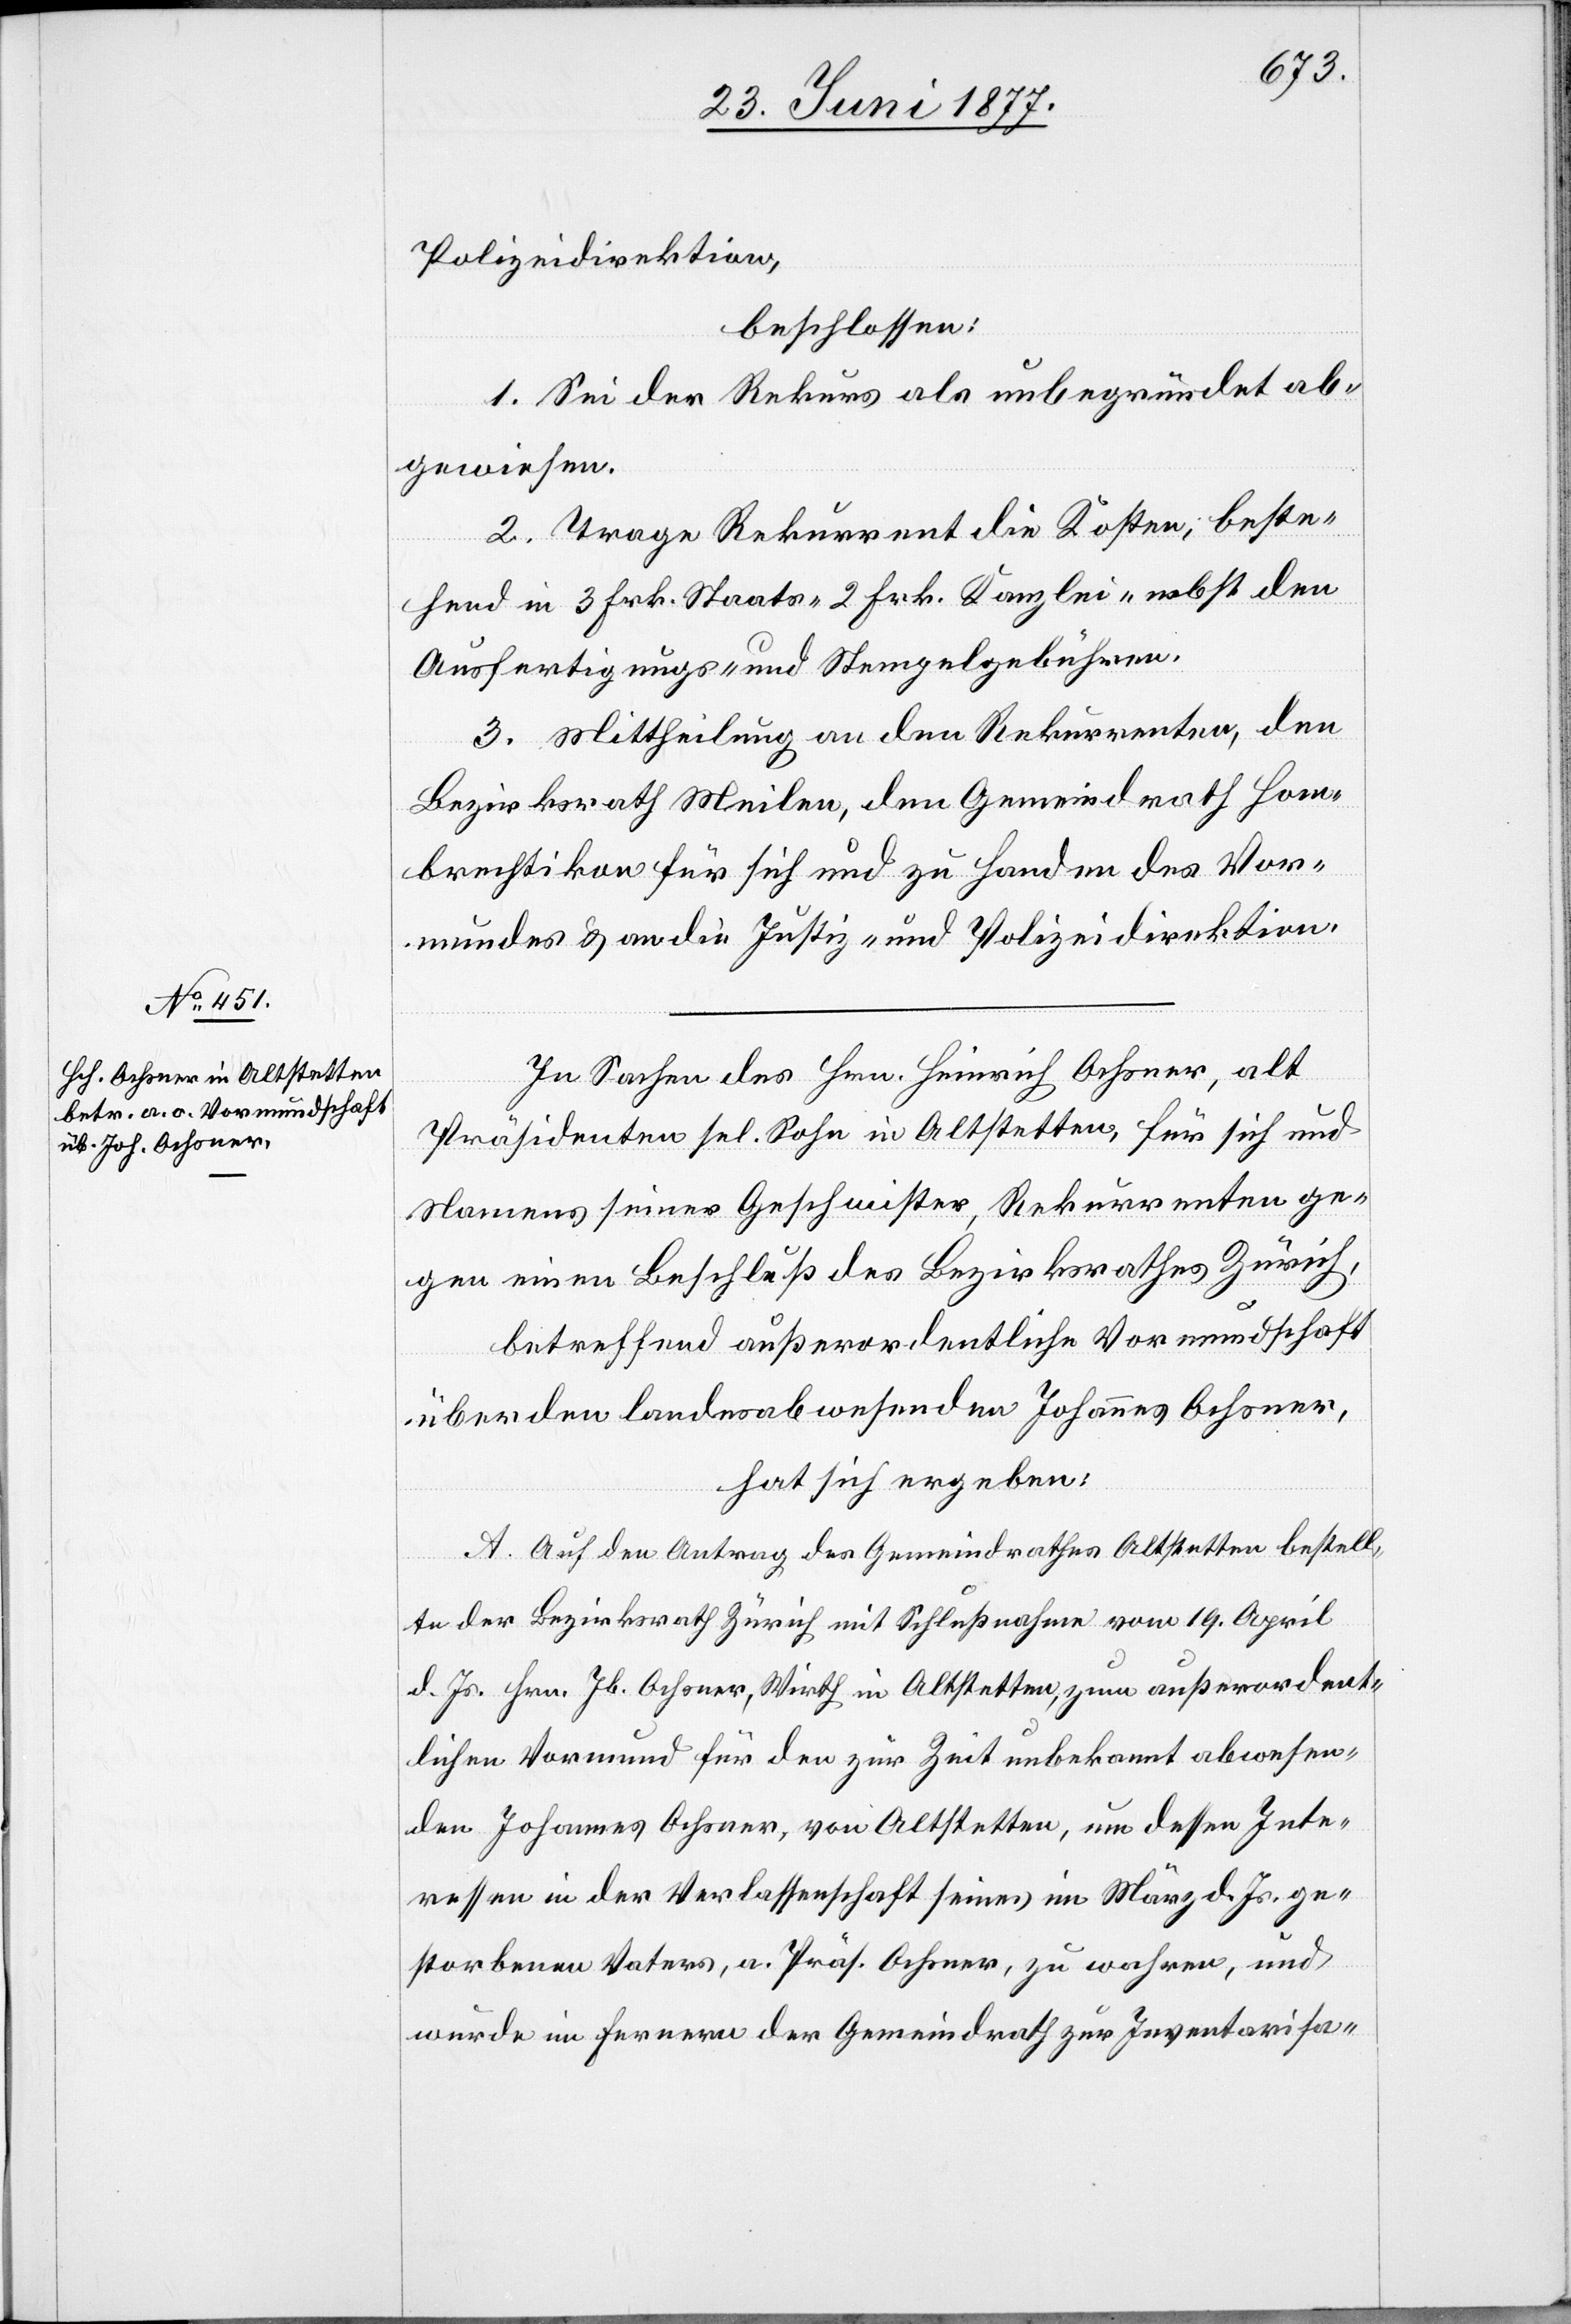
Polizeidirektion,
beschlossen:
1. Sei der Rekurs als unbegründet ab¬
gewiesen.
2. Trage Rekurrent die Kosten, beste¬
hend in 3 Frk. Staats- 2 Frk. Kanzlei- nebst den
Ausfertigungs- und Stempelgebühren.
3. Mittheilung an den Rekurrenten, den
Bezirksrath Meilen, den Gemeindrath Hom¬
brechtikon für sich und zu Handen des Vor¬
mundes & an die Justiz- und Polizeidirektion.